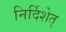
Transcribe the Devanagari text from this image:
निर्दिशेत्